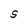
Character: S